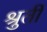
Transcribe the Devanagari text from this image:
श्रुतीं